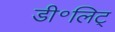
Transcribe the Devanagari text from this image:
डी॰लिट्